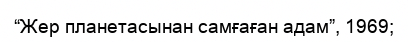
“Жер планетасынан самғаған адам”, 1969;